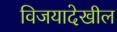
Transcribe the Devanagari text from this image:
विजयादेखील